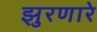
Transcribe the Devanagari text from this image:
झुरणारे